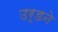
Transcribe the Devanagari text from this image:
उर्डने